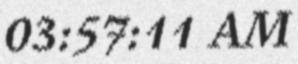
03:57:11 AM